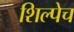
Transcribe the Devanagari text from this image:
शिल्पेच